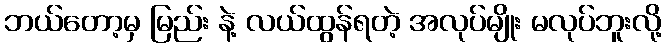
ဘယ်တော့မှ မြည်း နဲ့ လယ်ထွန်ရတဲ့ အလုပ်မျိုး မလုပ်ဘူးလို့